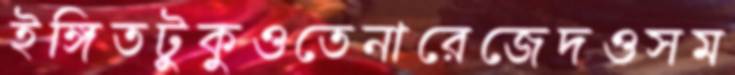
ইঙ্গিতটুকুওতেনারেজেদওসম